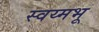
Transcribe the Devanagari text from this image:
स्वय्मभू